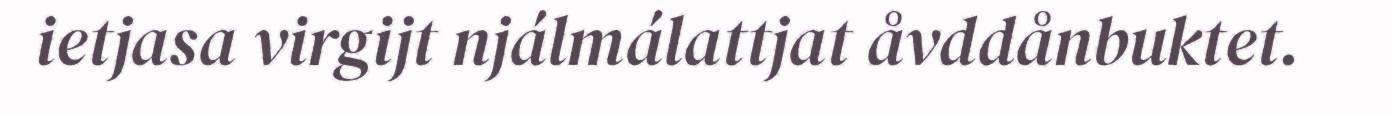
ietjasa virgijt njálmálattjat åvddånbuktet.